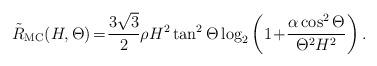
LaTeX: \begin{align*}\!\!\tilde{R}_{\mathrm{MC}}(H,\Theta)\!=\!\frac{3\sqrt{3}}{2}\rho H^2\tan^2\Theta\log_2\left(1\!+\!\frac{\alpha\cos^2\Theta}{\Theta^2H^2}\right).\end{align*}